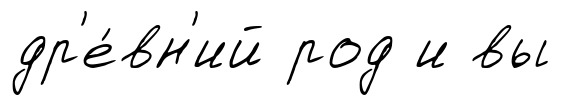
др'е́вн'ий род и вы